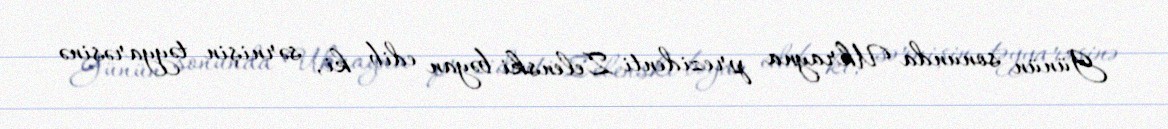
Günün sonunda Ukrayna prezidenti Zelenski bəyan edib ki, sərnişin təyyarəsinə